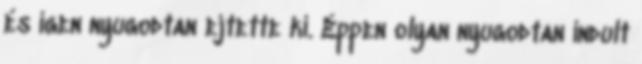
és igen nyugodtan ejtette ki. Éppen olyan nyugodtan indult